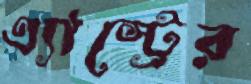
এ্যাস্ট্রের